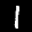
Label: 1